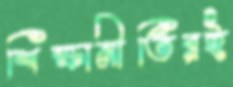
শিক্ষানীতিরই